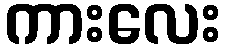
ကားလေး